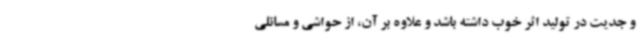
و جدیت در تولید اثر خوب داشته باشد و علاوه بر آن، از حواشی و مسائلی